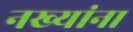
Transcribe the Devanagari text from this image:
नख्यांना